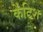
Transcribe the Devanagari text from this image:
केंटिश